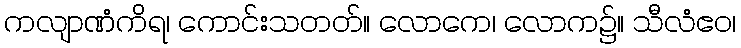
ကလျာဏံကိရ၊ ကောင်းသတတ်။ လောကေ၊ လောက၌။ သီလံဧဝ၊